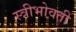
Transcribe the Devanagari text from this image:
स्त्रीभोवती